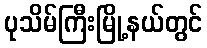
ပုသိမ်ကြီးမြို့နယ်တွင်